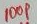
Text: 100P